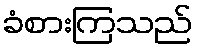
ခံစားကြသည်